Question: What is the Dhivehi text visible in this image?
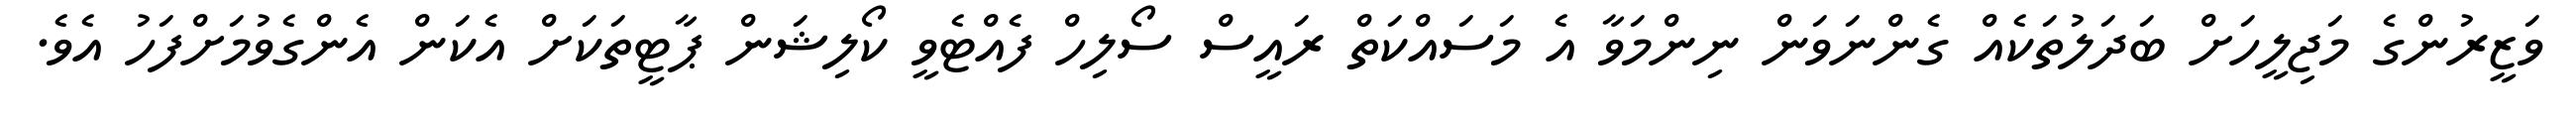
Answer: ވަޒީރުންގެ މަޖިލީހަށް ބަދަލުތަކެއް ގެންނަވަން ނިންމަވާ އެ މަސައްކަތް ރައީސް ސޯލިހް ފެއްޓެވީ ކޯލިޝަން ޕާޓީތަކަށް އެކަން އެންގެވުމަށްފަހު އެވެ.